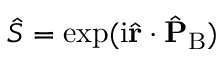
\hat { S } = \exp ( \mathrm { i } \hat { \mathbf { r } } \cdot \hat { \mathbf { P } } _ { \mathrm { B } } )